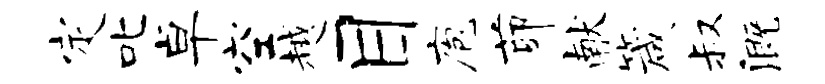
定叱卓空越目庖茆献箴叔溉